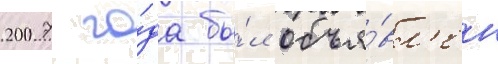
2007 го́да бы́л объя́вл'ен